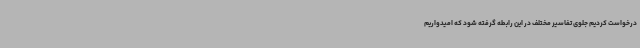
درخواست کردیم جلوی تفاسیر مختلف در این رابطه گرفته شود که امیدواریم